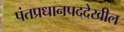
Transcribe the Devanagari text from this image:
पंतप्रधानपददेखील